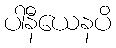
ပါနီယေနပိ